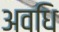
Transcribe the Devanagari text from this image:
अवधि